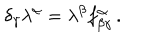
\delta _ { \gamma } \lambda ^ { \alpha } = \lambda ^ { \beta } f _ { \beta \gamma } ^ { \alpha } \, .